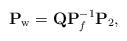
LaTeX: \begin{align*}\mathbf{P}_{\rm w} = \mathbf{Q}\mathbf{P}^{-1}_f \mathbf{P}_2 ,\end{align*}